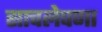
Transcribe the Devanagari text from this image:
साचलेपणा